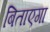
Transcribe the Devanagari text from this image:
बिताएगा